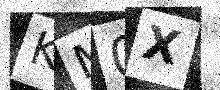
Text: KM0X